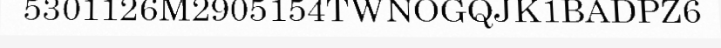
5301126M2905154TWNOGQJK1BADPZ6